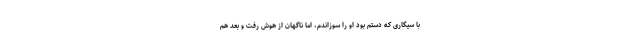
با سیگاری که دستم بود او را سوزاندم، اما ناگهان از هوش رفت و بعد هم